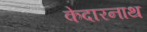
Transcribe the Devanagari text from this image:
केदारनाथ